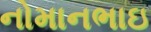
નોમાનભાઇ